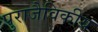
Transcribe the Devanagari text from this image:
पुराजैविकीय